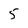
Character: 5